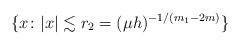
LaTeX: \begin{align*}\{x\colon |x|\lesssim r_2 = (\mu h)^{-1/(m_1-2m)}\}\end{align*}